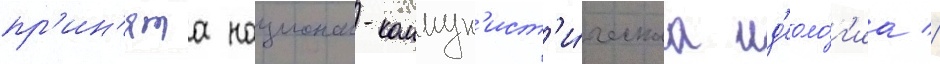
пр'ин'ята национал-коммун'ист'и́ческаа ид'еоло́г'иа //